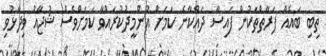
ތިބި ބައެއް ފަރާތްތަކުން ފައިސާ ދައްކާނެ ކަމަށް އުންމީދުކުރައްވާ ކަމަށްވެސް ޝުޖާއު ވިދާޅުވި